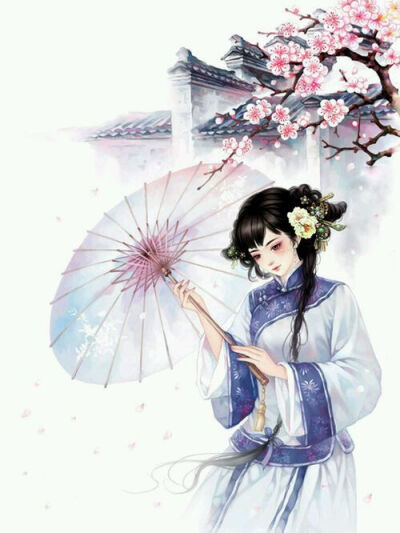
春已归来，看美人头上，袅袅春幡。